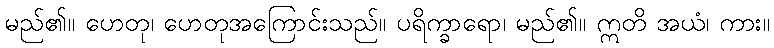
မည်၏။ ဟေတု၊ ဟေတုအကြောင်းသည်။ ပရိက္ခာရော၊ မည်၏။ ဣတိ အယံ၊ ကား။